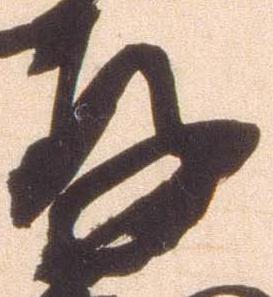
存